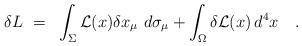
LaTeX: \begin{align*}\delta L ~=~ \int_\Sigma {\cal L}(x) \delta x_\mu ~ d\sigma_\mu +\int_\Omega\delta {\cal L}(x) \, d^4x \quad . \end{align*}